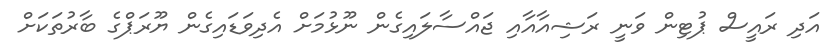
އަދި ރައީސް ޕުޓިން ވަނީ ރަޝިއާއާއި ޖައްސާލައިގެން ނޫޅުމަށް އެދިވަޑައިގެން ޔޫރަޕްގެ ބާރުތަކަށް